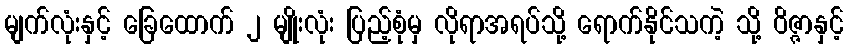
မျက်လုံးနှင့် ခြေထောက် ၂ မျိုးလုံး ပြည့်စုံမှ လိုရာအရပ်သို့ ရောက်နိုင်သကဲ့ သို့ ဝိဇ္ဇာနှင့်